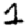
Digit: 1